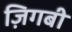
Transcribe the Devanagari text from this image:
ज़िगबी